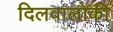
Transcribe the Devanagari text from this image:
दिलवालोंकी